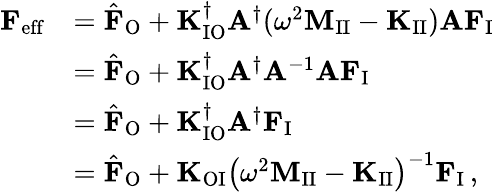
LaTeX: \begin{array}{rl}{\mathbf{F}_{\mathrm{eff}}}&{=\hat{\mathbf{F}}_{\mathrm{O}}+\mathbf{K}_{\mathrm{IO}}^{\dagger}\mathbf{A}^{\dagger}(\omega^{2}\mathbf{M}_{\mathrm{II}}-\mathbf{K}_{\mathrm{II}})\mathbf{A}\mathbf{F}_{\mathrm{I}}}\\ &{=\hat{\mathbf{F}}_{\mathrm{O}}+\mathbf{K}_{\mathrm{IO}}^{\dagger}\mathbf{A}^{\dagger}\mathbf{A}^{-1}\mathbf{A}\mathbf{F}_{\mathrm{I}}}\\ &{=\hat{\mathbf{F}}_{\mathrm{O}}+\mathbf{K}_{\mathrm{IO}}^{\dagger}\mathbf{A}^{\dagger}\mathbf{F}_{\mathrm{I}}}\\ &{=\hat{\mathbf{F}}_{\mathrm{O}}+\mathbf{K}_{\mathrm{OI}}\left(\omega^{2}\mathbf{M}_{\mathrm{II}}-\mathbf{K}_{\mathrm{II}}\right)^{-1}\mathbf{F}_{\mathrm{I}}\, ,}\end{array}